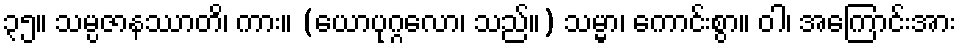
၃၅။ သမ္ပဇာနဿာတိ၊ ကား။ (ယောပုဂ္ဂလော၊ သည်။) သမ္မာ၊ ကောင်းစွာ။ ဝါ၊ အကြောင်းအား